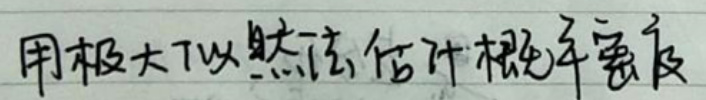
用极大似然法估计未知参数